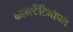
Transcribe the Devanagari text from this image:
कान्स्टेंटिनोपल